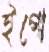
ইগো